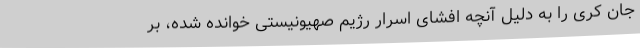
جان کری را به دلیل آنچه افشای اسرار رژیم صهیونیستی خوانده شده، بر